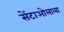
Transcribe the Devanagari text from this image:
सेंटाओलाला